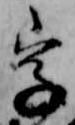
字